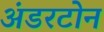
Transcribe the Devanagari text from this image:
अंडरटोन